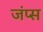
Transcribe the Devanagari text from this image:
जंप्स